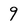
Character: 9